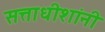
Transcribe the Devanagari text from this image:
सत्ताधीशांनी